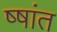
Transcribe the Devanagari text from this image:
ष्षांत